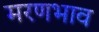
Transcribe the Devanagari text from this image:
मरणभाव